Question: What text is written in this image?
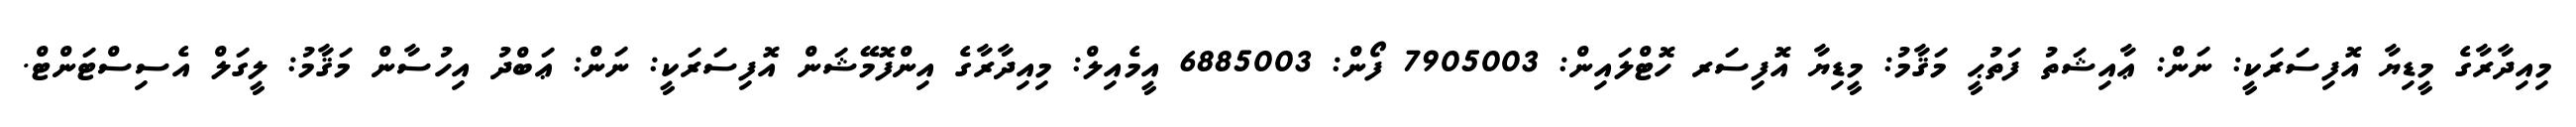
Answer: މިއިދާރާގެ މީޑިޔާ އޮފިސަރަކީ: ނަން: ޢާއިޝަތު ފަތުޙީ މަޤާމު: މީޑިޔާ އޮފިސަރ ހޮޓްލައިން: 7905003 ފޯން: 6885003 އީމެއިލް: މިއިދާރާގެ އިންފޮމޭޝަން އޮފިސަރަކީ: ނަން: ޢަބްދު އިހުސާން މަޤާމު: ލީގަލް އެސިސްޓަންޓް.